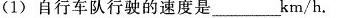
(1)自行车队行驶的速度是_______km/h。